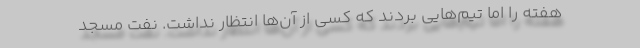
هفته را اما تیم‌هایی بردند که کسی از آن‌ها انتظار نداشت. نفت مسجد